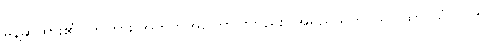
မိန့်ဆိုထား၏။ ဤကား အတိတ်အကြောင်းတည်း။ အရညသုတ်၊ သဂါထာ-သံ-ပါ-၅၊